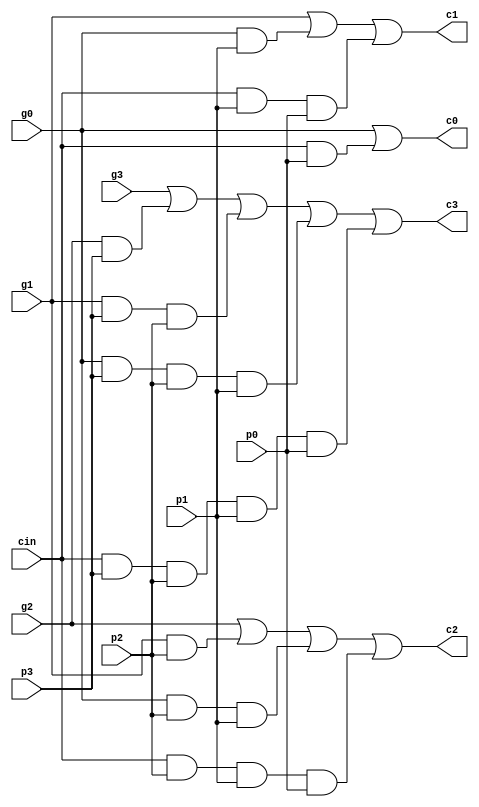
//************************************************
//*** first generated on 27th,may,2017 ***********
//***
//***
//************************************************

module  bit4cla_logic  (cin,p3,g3,p2,g2,p1,g1,p0,g0,
                  
                       c3,c2,c1,c0);
                       
input   cin;
input   p3,g3,p2,g2,p1,g1,p0,g0;

output  c3,c2,c1,c0;

//************************************************

assign  c3 = g3 | g2 & p3 | g1 & p3 & p2 | g0 & p3 & p2 & p1 | cin & p3 & p2 & p1 & p0;
assign  c2 = g2 | g1 & p2 | g0 & p2 & p1 | cin & p2 & p1 & p0; 
assign  c1 = g1 | g0 & p1 | cin & p1 & p0; 
assign  c0 = g0 | cin & p0;

endmodule